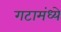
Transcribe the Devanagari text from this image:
गटामंध्ये